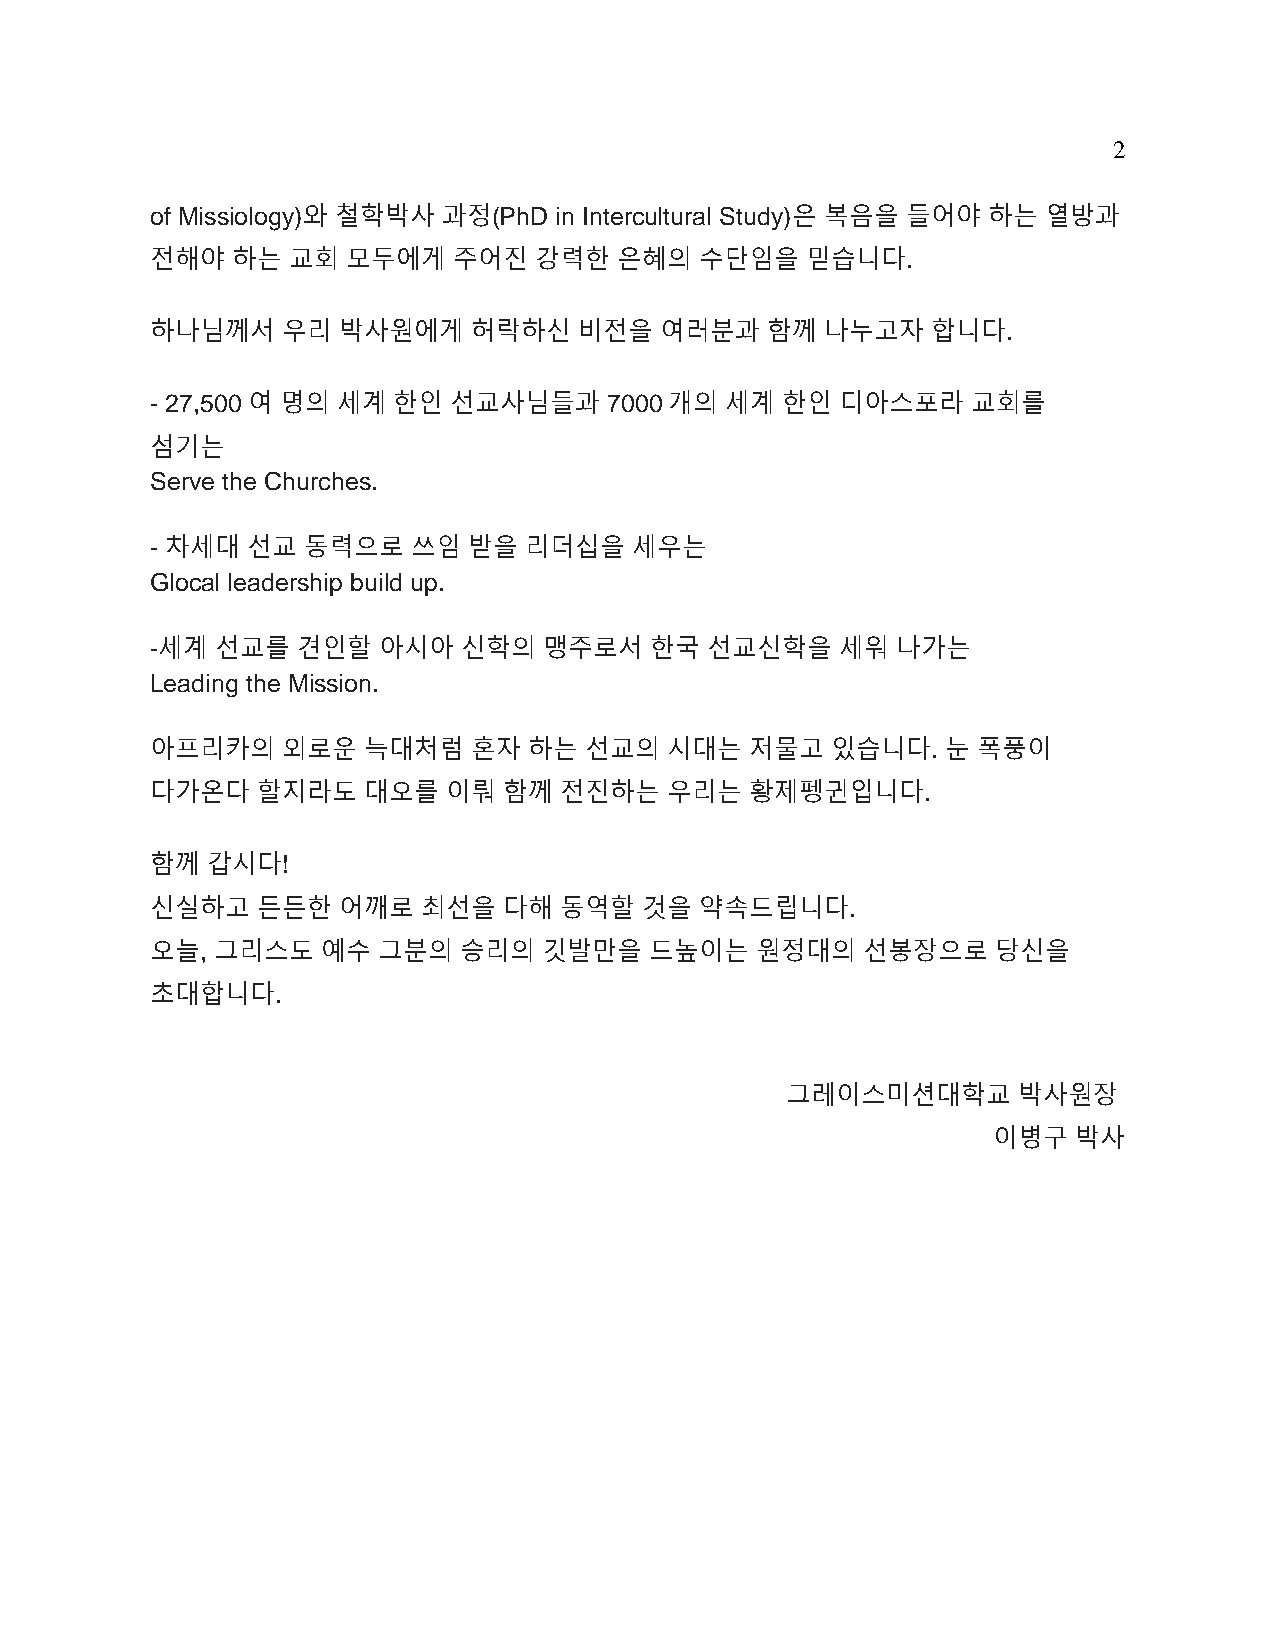
2
 of Missiology)와 철학박사 과정(PhD in Intercultural Study)은 복음을 들어야 하는 열방과
 전해야  하는  교회  모두에게   주어진  강력한   은혜의  수단임을   믿습니다.
 하나님께서    우리 박사원에게    허락하신   비전을   여러분과   함께  나누고자   합니다.
 - 27,500여 명의 세계 한인  선교사님들과    7000개의  세계  한인  디아스포라   교회를
 섬기는
 Serve the Churches.
 - 차세대 선교  동력으로   쓰임  받을  리더십을   세우는
 Glocal leadership build up.
 -세계 선교를   견인할  아시아   신학의  맹주로서   한국  선교신학을    세워 나가는
 Leading the Mission.
 아프리카의    외로운  늑대처럼   혼자  하는  선교의  시대는   저물고  있습니다.   눈 폭풍이
 다가온다   할지라도   대오를   이뤄 함께  전진하는   우리는   황제펭귄입니다.
 함께  갑시다!
 신실하고   든든한  어깨로   최선을  다해  동역할  것을  약속드립니다.
 오늘, 그리스도   예수  그분의  승리의   깃발만을   드높이는   원정대의   선봉장으로    당신을
 초대합니다.
 그레이스미션대학교      박사원장
 이병구  박사